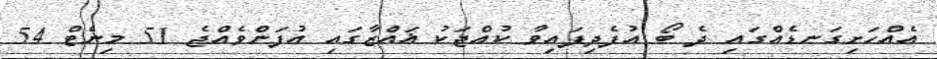
އެއްހަށިގަނޑެއްގައި ދެ ބޯ އުފެދިފައިވާ ކުއްޖަކު ޣައްޒާގައި އުފަންވެއްޖެ 51 މިނެޓް 54